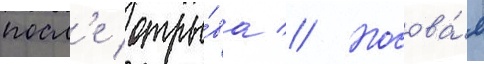
посл'е отры́ва // Носова́я